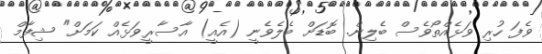
ވެފަ ހުރި ވަޅެއްތޯވެސް ބެލިން. ބޮޑަށް ބެލެވެނީ (އެއީ) އާސާރީވަޅެއް ކަމަށް" ޝިފާމް